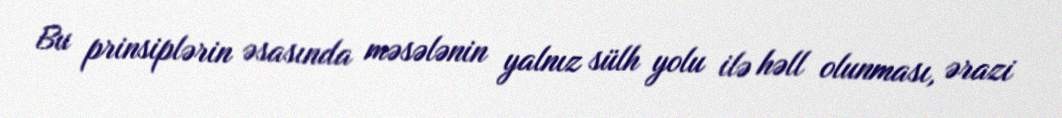
Bu prinsiplərin əsasında məsələnin yalnız sülh yolu ilə həll olunması, ərazi